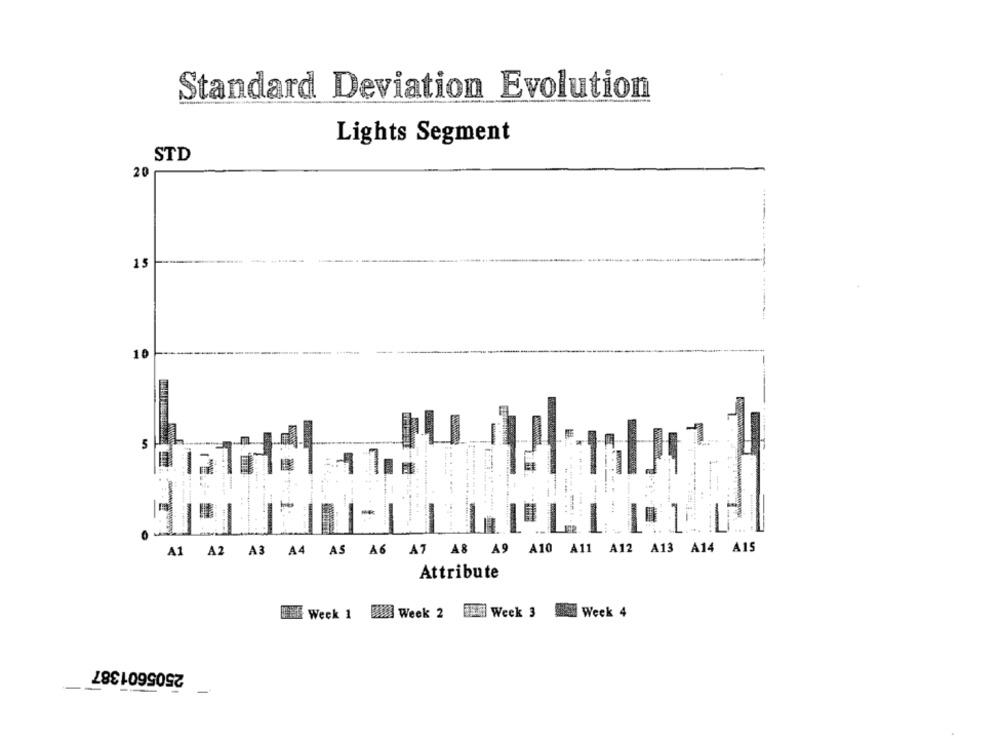
Standard Deviation Evolution
Lights Segment
STD
20
15
10
5
-
-
..
-
A4 AS A6 A7 A8 A9 A10 A11 A12 A13 A14 A15
A1 A2 A3
Attribute
Wis Week 1 Mill Week 2
BAH Week 3
Week 4
2505601387